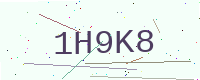
Text: 1H9K8